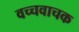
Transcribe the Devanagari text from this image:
वच्चवाचक